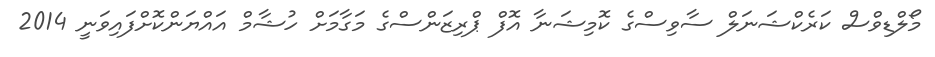
މޯލްޑިވްސް ކަރެކްޝަނަލް ސާވިސްގެ ކޮމިޝަނާ އޮފް ޕްރިޒަންސްގެ މަގާމަށް ހުޝާމް އައްޔަންކޮށްފައިވަނީ 2014